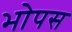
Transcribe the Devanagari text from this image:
भोपस